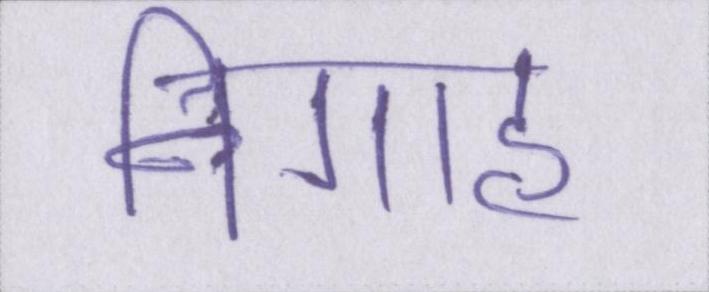
निगाह